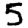
Digit: 5